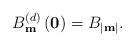
LaTeX: \begin{align*}B_{\mathbf{m}}^{(d)}\left(\mathbf{0}\right) = B_{|\mathbf{m}|}.\end{align*}